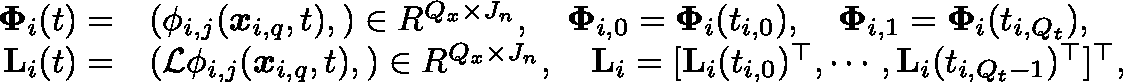
\begin{array} { r l } { \mathbf { \Phi } _ { i } ( t ) = } & { { } ( \phi _ { i , j } ( \boldsymbol { x } _ { i , q } , t ) , ) \in \mathbb { R } ^ { Q _ { x } \times J _ { n } } , \quad \mathbf { \Phi } _ { i , 0 } = \mathbf { \Phi } _ { i } ( t _ { i , 0 } ) , \quad \mathbf { \Phi } _ { i , 1 } = \mathbf { \Phi } _ { i } ( t _ { i , Q _ { t } } ) , } \\ { \mathbf { L } _ { i } ( t ) = } & { { } ( \mathcal { L } \phi _ { i , j } ( \boldsymbol { x } _ { i , q } , t ) , ) \in \mathbb { R } ^ { Q _ { x } \times J _ { n } } , \quad \mathbf { L } _ { i } = [ \mathbf { L } _ { i } ( t _ { i , 0 } ) ^ { \top } , \cdots , \mathbf { L } _ { i } ( t _ { i , Q _ { t } - 1 } ) ^ { \top } ] ^ { \top } , } \end{array}